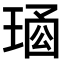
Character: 𤦱